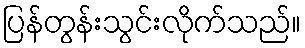
ပြန်တွန်းသွင်းလိုက်သည်။